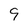
Character: 9